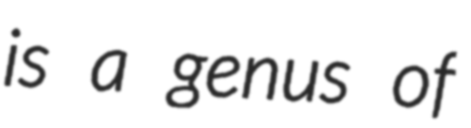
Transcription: is a genus of